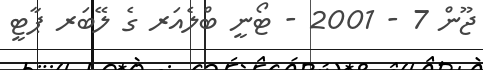
ޖޫން 7 - 2001 - ޓޯނީ ބްލެއަރ ގެ ލޭބަރ ޕާޓީ